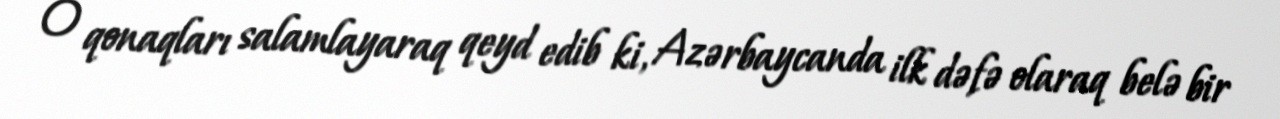
O qonaqları salamlayaraq qeyd edib ki, Azərbaycanda ilk dəfə olaraq belə bir